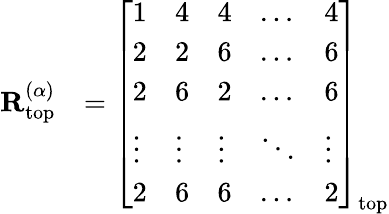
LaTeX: \begin{array}{rl}{\mathbf{R}_{\mathrm{top}}^{(\alpha)}}&{=\left[\begin{array}{lllll}{1}&{4}&{4}&{\dots}&{4}\\ {2}&{2}&{6}&{\dots}&{6}\\ {2}&{6}&{2}&{\dots}&{6}\\ {\vdots}&{\vdots}&{\vdots}&{\ddots}&{\vdots}\\ {2}&{6}&{6}&{\dots}&{2}\end{array}\right]_{\mathrm{top}}}\end{array}